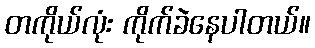
တကိုယ်လုံး ကိုက်ခဲနေပါတယ်။